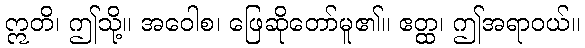
ဣတိ၊ ဤသို့။ အဝေါစ၊ ဖြေဆိုတော်မူ၏။ ဧတ္ထ၊ ဤအရာဝယ်။